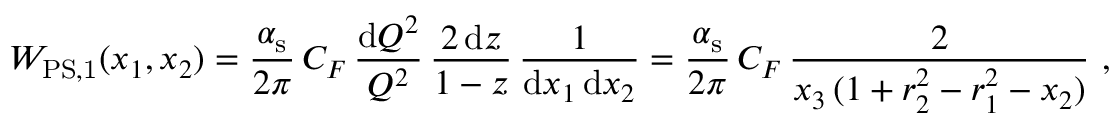
W _ { \mathrm { P S , 1 } } ( x _ { 1 } , x _ { 2 } ) = \frac { \alpha _ { \mathrm { s } } } { 2 \pi } \, C _ { F } \, \frac { { \mathrm { d } } Q ^ { 2 } } { Q ^ { 2 } } \, \frac { 2 \, { \mathrm { d } } z } { 1 - z } \, \frac { 1 } { { \mathrm { d } } x _ { 1 } \, { \mathrm { d } } x _ { 2 } } = \frac { \alpha _ { \mathrm { s } } } { 2 \pi } \, C _ { F } \, \frac { 2 } { x _ { 3 } \, ( 1 + r _ { 2 } ^ { 2 } - r _ { 1 } ^ { 2 } - x _ { 2 } ) } ~ ,